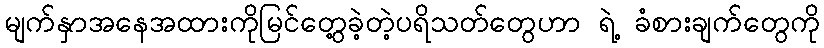
မျက်နှာအနေအထားကိုမြင်တွေ့ခဲ့တဲ့ပရိသတ်တွေဟာ ရဲ့ ခံစားချက်တွေကို